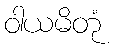
ဝါယမိတုံ